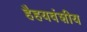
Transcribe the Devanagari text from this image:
हैहयवंशीय